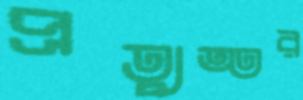
প্রত্যুত্তর